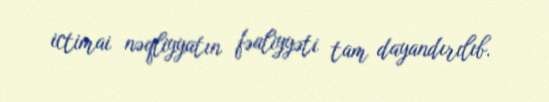
ictimai nəqliyyatın fəaliyyəti tam dayandırılıb.